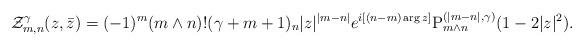
LaTeX: \begin{align*}\mathcal{Z}_{m,n}^\gamma (z,\bar z) = (-1)^{m} (m\wedge n )!(\gamma+m+1)_n |z|^{|m-n|}e^{i[(n-m)\arg z]}\mathrm{P}^{(|m-n|,\gamma)}_{m\wedge n }(1-2 |z|^2).\end{align*}